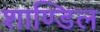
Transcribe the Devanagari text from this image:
शाण्डिल